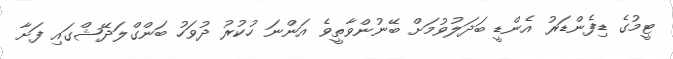
ޓީމުގެ ޑިފެންޑަރު އެންޑީ ބަދަލުވުމަށް ބޭނުންވާތީވެ އަންނަ ހުކުރު ދުވަހު ބަންގްލަދޭޝްގައި ފަށާ